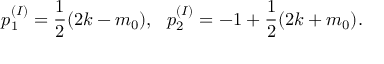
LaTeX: p _ { 1 } ^ { ( I ) } = \frac { 1 } { 2 } ( 2 k - m _ { 0 } ) , ~ ~ p _ { 2 } ^ { ( I ) } = - 1 + \frac { 1 } { 2 } ( 2 k + m _ { 0 } ) .